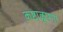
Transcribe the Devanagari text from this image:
कष्टाळूपणा